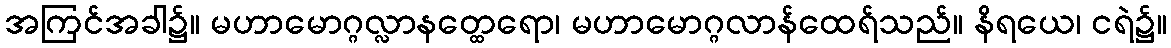
အကြင်အခါ၌။ မဟာမောဂ္ဂလ္လာနတ္ထေရော၊ မဟာမောဂ္ဂလာန်ထေရ်သည်။ နိရယေ၊ ငရဲ၌။